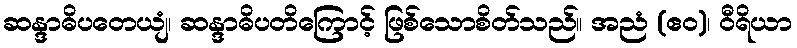
ဆန္ဒာဓိပတေယျံ၊ ဆန္ဒာဓိပတိကြောင့် ဖြစ်သောစိတ်သည်။ အညံ (ဧဝ)၊ ဝီရိယာ